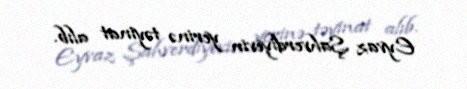
Eyvaz Şahverdiyevin yerinə təyinat alıb.